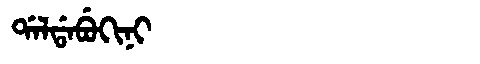
Manchu: ᡩᠠᠯᡩᠠᠪᡠᡴᡳᠨᡳ
Romanization: DALDABUKINI